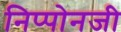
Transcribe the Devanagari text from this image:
निप्पोनजी